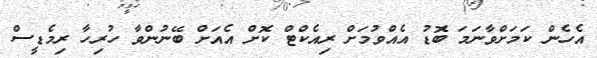
އެހެން ކަމަށްވާނަމަ ބޮޑު އެއްވުމަށް ރިއެކްޓް ކޮށް އެއަށް ބޭނުންވާ ހުރިހާ ރިމެޑީސް